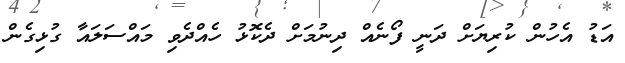
އަޑު އެހުން ކުރިޔަށް ދަނީ ފޯނެއް ދިނުމަށް ދެކޮޅު ހެއްދެވި މައްސަލައާ ގުޅިގެން